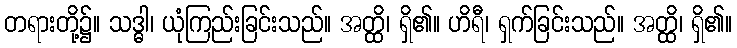
တရားတို့၌။ သဒ္ဓါ၊ ယုံကြည်းခြင်းသည်။ အတ္ထိ၊ ရှိ၏။ ဟိရီ၊ ရှက်ခြင်းသည်။ အတ္ထိ၊ ရှိ၏။